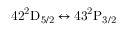
\mathrm { 4 2 ^ { 2 } D _ { 5 / 2 } } \leftrightarrow \mathrm { 4 3 ^ { 2 } P _ { 3 / 2 } }